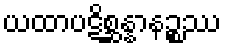
ယထာပဋိစ္ဆန္နာနဉ္စဿ